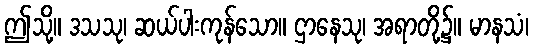
ဤသို့။ ဒသသု၊ ဆယ်ပါးကုန်သော။ ဌာနေသု၊ အရာတို့၌။ မာနသံ၊